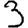
Digit: 3